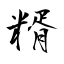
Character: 糈